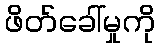
ဖိတ်ခေါ်မှုကို